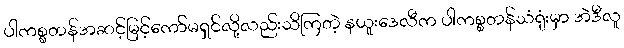
ပါကစ္စတန်အဆင့်မြင့်ကော်မရှင်လို့လည်းသိကြတဲ့ နယူးဒေလီက ပါကစ္စတန်သံရုံးမှာ အဲဒီလူ